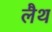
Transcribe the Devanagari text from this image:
लैथ